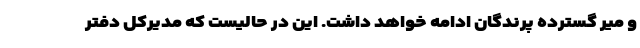
و میر گسترده پرندگان ادامه خواهد داشت. این در حالیست که مدیرکل دفتر